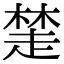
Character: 𧼖